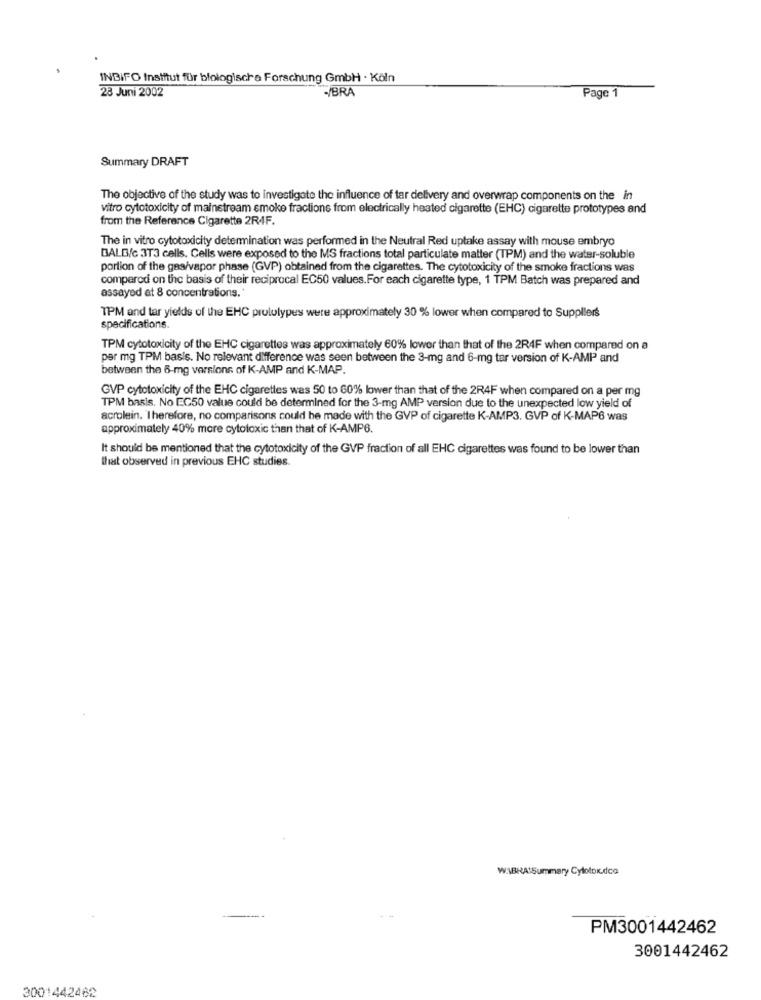
INBIFO Institut für blologische Forschung GmbH - Köln
23 Juni 2002
-/BRA
Page 1
Summary DRAFT
The objective of the study was to investigate the influence of tar delivery and overwrap components on the in
vitro cytotoxicity of mainstream smoke fractions from electrically heated cigarette (EHC) cigarette prototypes and
from the Reference Cigarette 2RIF.
The in vitro cytotoxicity determination was performed in the Neutral Red uptake assay with mouse embryo
BALD/c 3T3 cells. Cells were exposed to the MS fractions total particulate matter (TPM) and the water-soluble
portion of the gas/vapor phase (GVP) obtained from the cigarettes. The cytotoxicity of the smoke fractions was
comparodi on the basis of their reciprocal EC50 values.For each cigarette type, 1 TPM Batch was prepared and
assayed at 8 concentrations.
TPM and tar yields of the EHC prololypes were approximately 30 % lower when compared to Suppliers
specifications.
TPM cytotoxicity of the EHC cigarettes was approximately 60% lower than that of the 2R4F when compared on a
per mg TPM basis. No relevant difference was seen between the 3-mg and 6-mg tar version of K-AMP and
between the 6-mg versions of K-AMP and K-MAP
GVP cytotoxicity of the EHC cigarettes was 50 to 60% lower than that of the 2R4F when compared on a per mg
TPM basis. No EC50 value could be determined for the 3-mg AMP version due to the unexpected low yield of
acrolein. Therefore, no comparisons could be made with the GVP of cigarette K-AMP3. GVP of K-MAP6 was
approximately 40% more cytotoxic than that of K-AMP6.
It should be mentioned that the cytotoxicity of the GVP fraction of all EHC cigarettes was found to be lower than
that observed in previous EHC studies.
WIBRA:Summary Cylotok.dco
PM3001442462
3001442462
3001442462